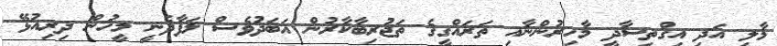
މާލީ އަދި އިގްތިސާދީ މާހިރުންނާއި ތަރައްގީގެ ތަޖުރިބާކާރުން އަބަދުވެސް ލަފާދެނީ މީހުން ދިރިއުޅޭ